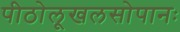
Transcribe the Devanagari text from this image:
पीठोलूखलसोपानः